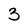
Character: 3